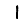
Digit: 1